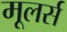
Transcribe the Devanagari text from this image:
मूलर्स